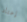
إعتاد